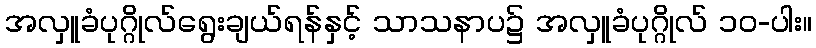
အလှူခံပုဂ္ဂိုလ်ရွေးချယ်ရန်နှင့် သာသနာပ၌ အလှူခံပုဂ္ဂိုလ် ၁၀-ပါး။